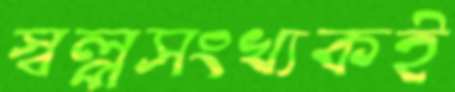
স্বল্পসংখ্যকই